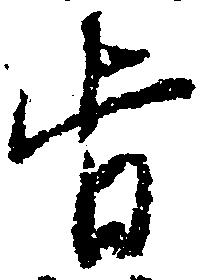
旨